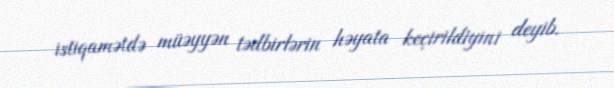
istiqamətdə müəyyən tədbirlərin həyata keçirildiyini deyib.